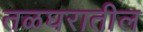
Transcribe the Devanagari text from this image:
तळघरातील